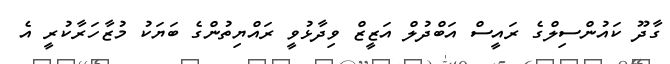
ގާދޫ ކައުންސިލްގެ ރައީސް އަބްދުލް އަޒީޒް ވިދާޅުވީ ރައްޔިތުންގެ ބަޔަކު މުޒާހަރާކުރީ އެ